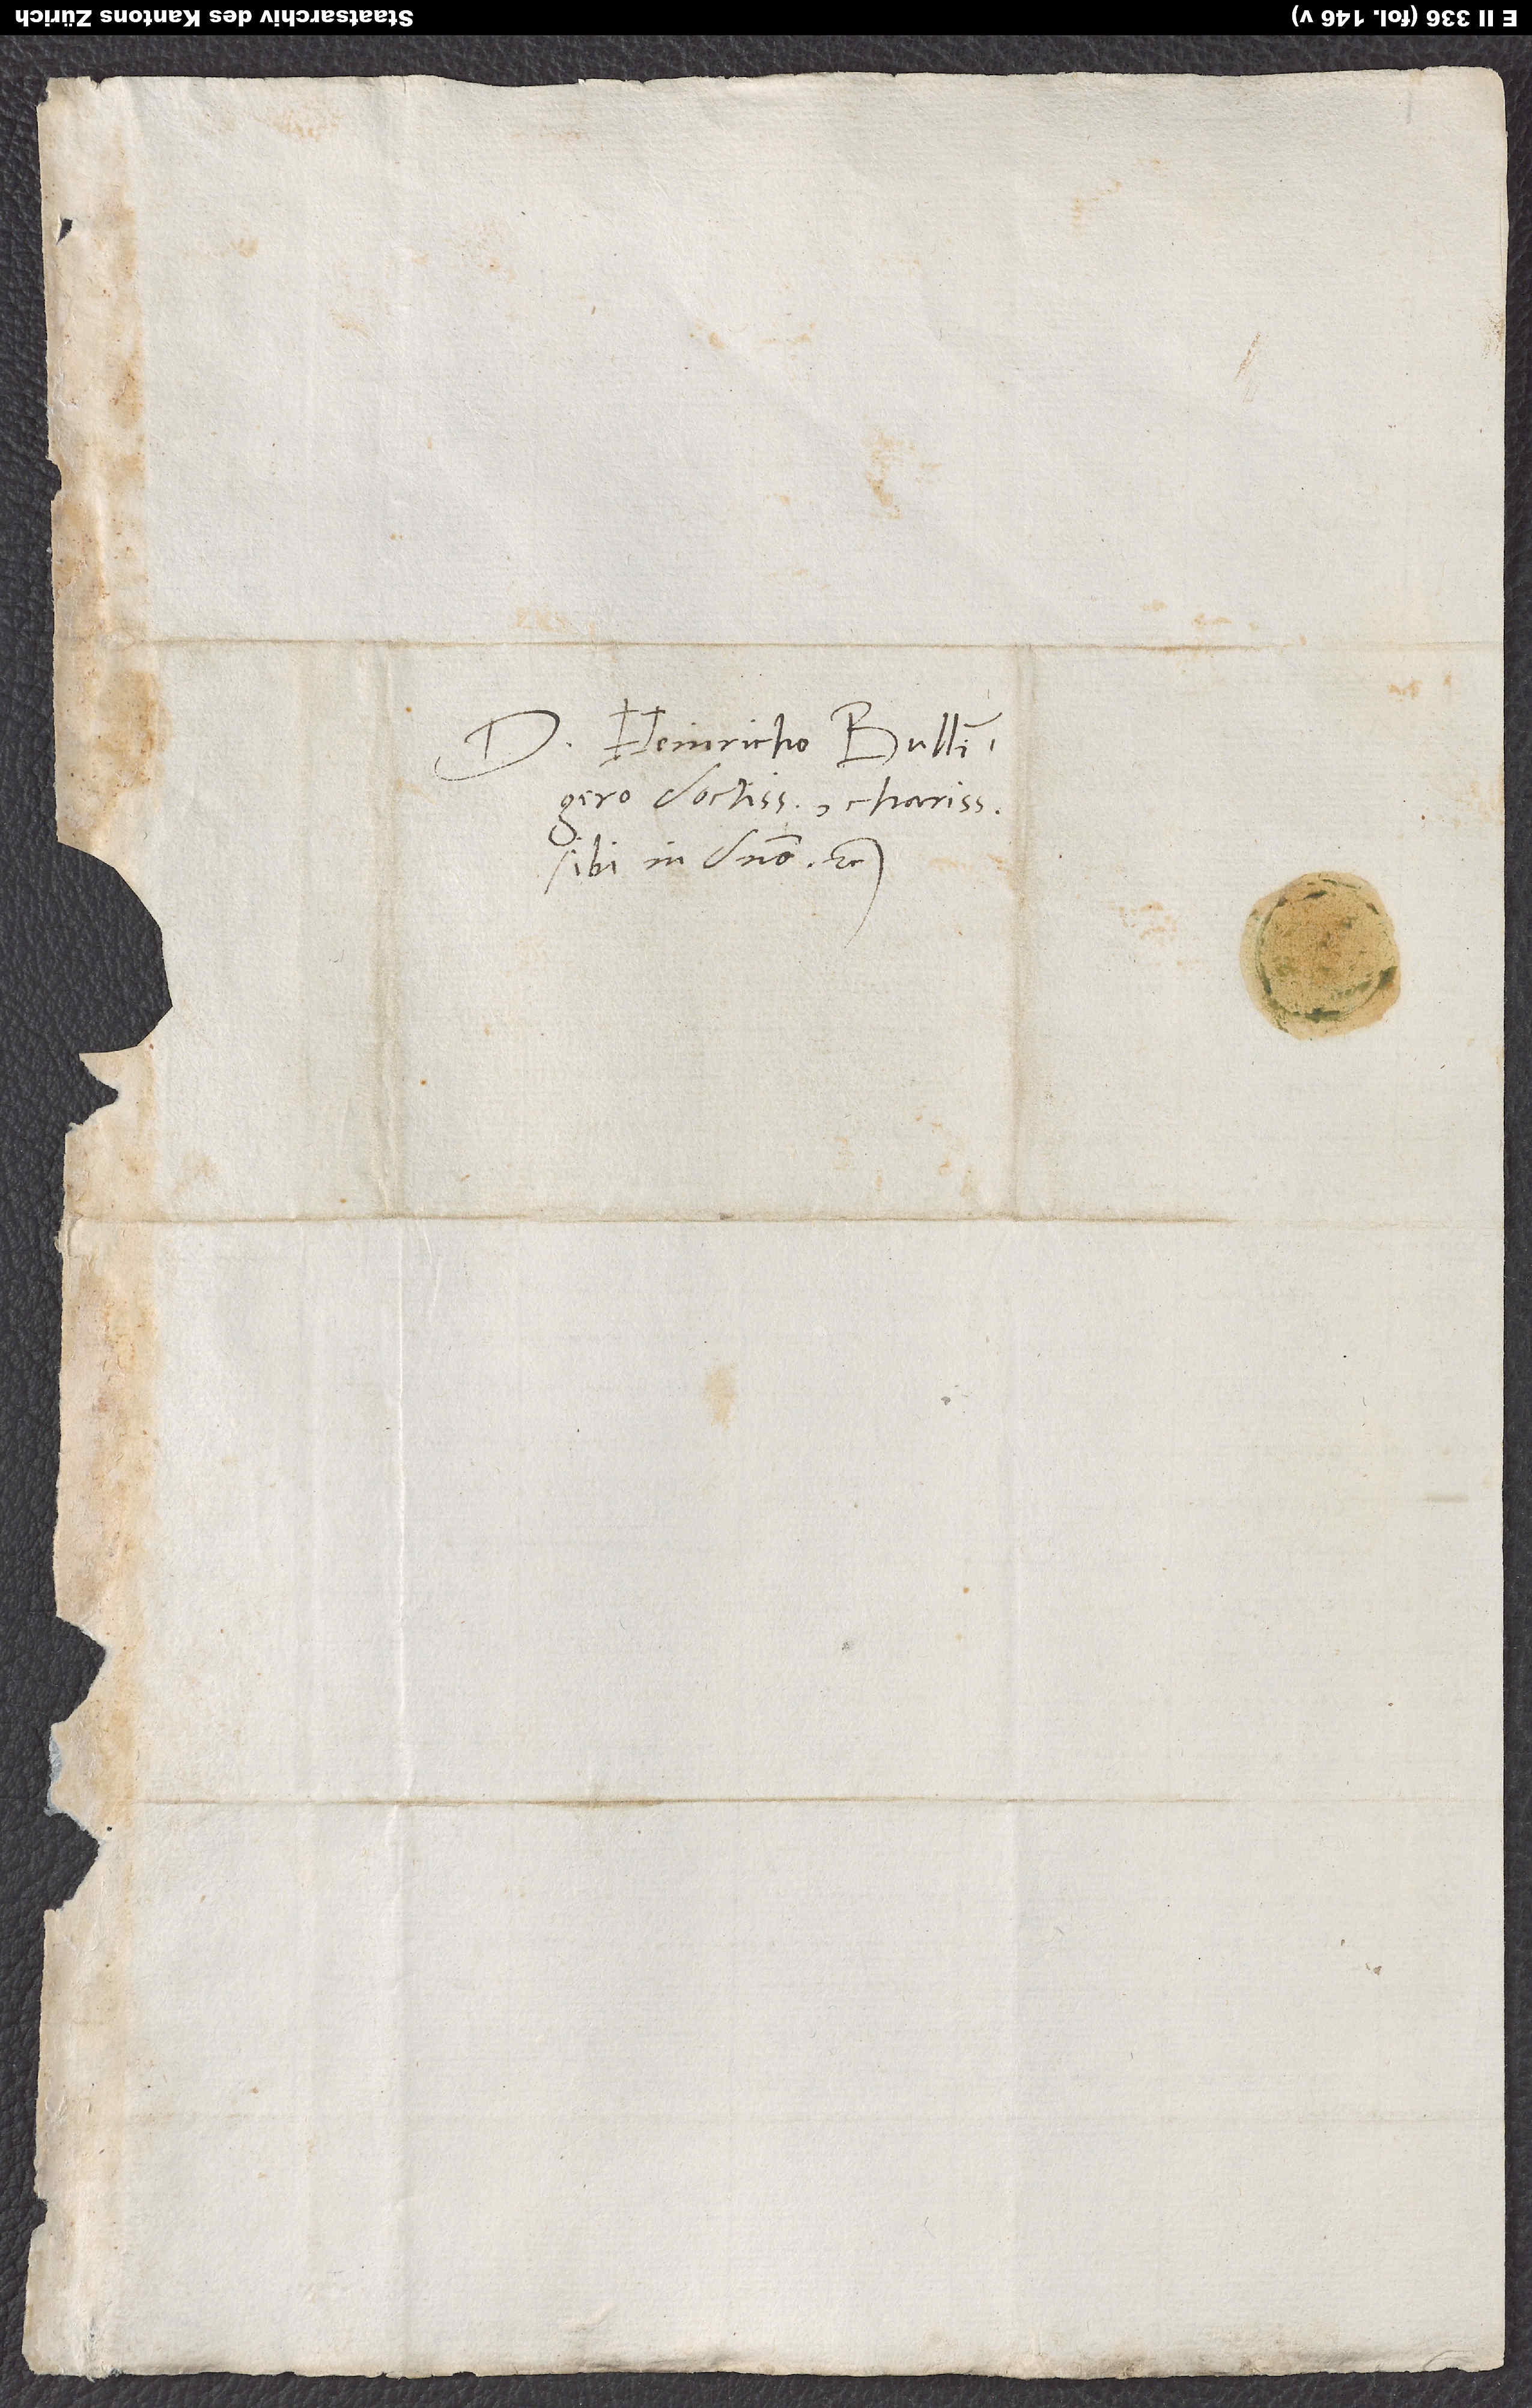
Domino Heinricho Bullingero
doctissimo, charissimo
sibi in domino etc.